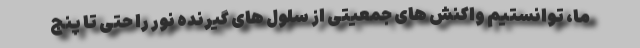
ما، توانستیم واکنش های جمعیتی از سلول های گیرنده نور را حتی تا پنج